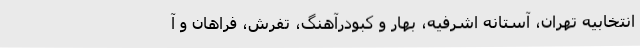
انتخابیه تهران، آستانه اشرفیه، بهار و کبودرآهنگ، تفرش، فراهان و آ